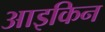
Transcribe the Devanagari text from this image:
आइकिन